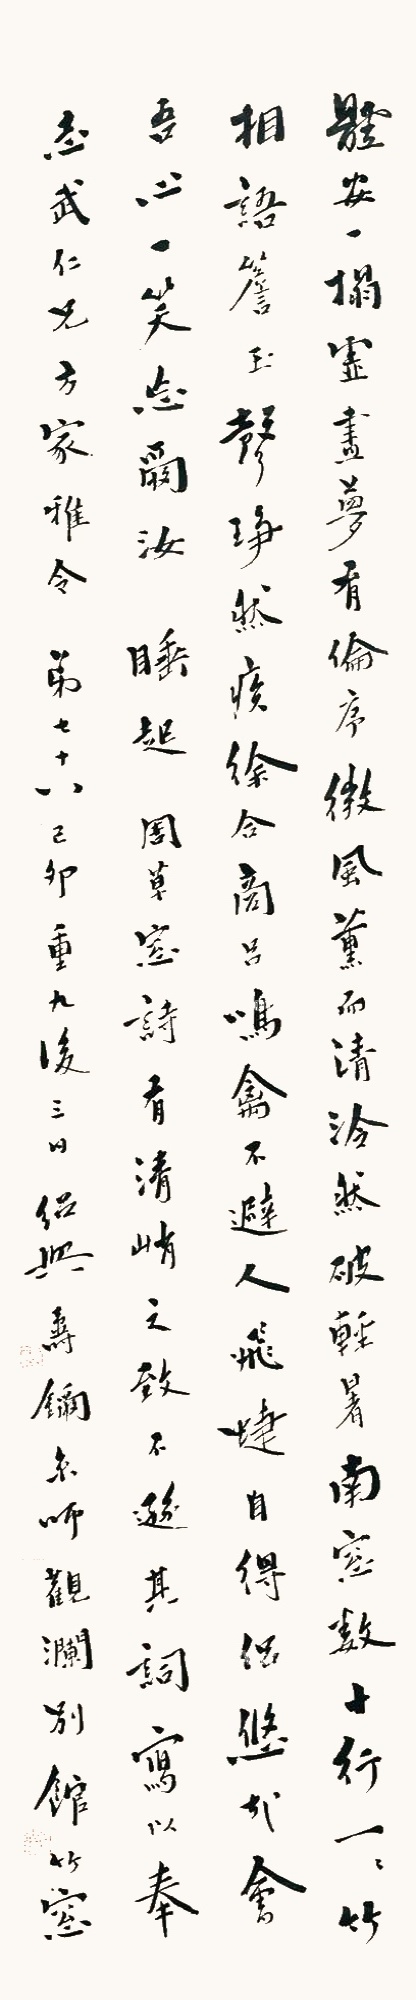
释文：体安一榻虚，昼梦有伦序。微风熏而清，泠然破轻暑。南窗数十行，一一竹相语。檐玉声琤然，疾徐合商吕。鸣禽不避人，飞蜨自得侣。悠哉会吾心，一笑忘尔汝。睡起。周草窓诗有清峭之致，不逊其词。书以奉志武仁兄方家稚令，弟七十八，己卯重九后三日，绍兴寿鑈京师观澜别馆竹窓。